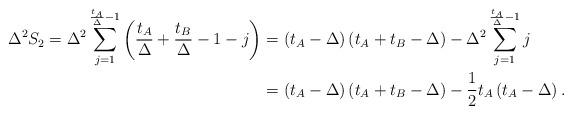
LaTeX: \begin{align*}\Delta^2 S_2 = \Delta^2 \sum\limits_{j=1}^{\frac{t_A}{\Delta} - 1} \left( \frac{t_A}{\Delta} + \frac{t_B}{\Delta} - 1 - j\right) &= \left( t_A - \Delta \right) \left( t_A + t_B - \Delta \right) - \Delta^2 \sum\limits_{j=1}^{\frac{t_A}{\Delta} - 1} j \\&= \left( t_A - \Delta \right) \left( t_A + t_B - \Delta \right) - \frac{1}{2}t_A\left( t_A - \Delta \right).\end{align*}